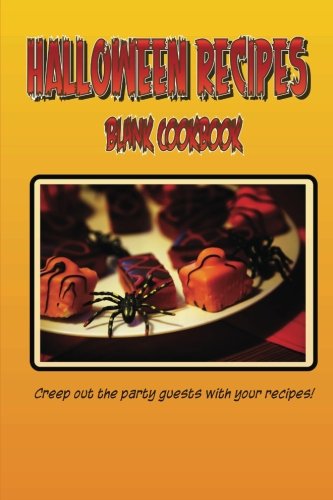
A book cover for Blank Cookbook Halloween Recipes (Blank Recipe Book): A blank recipe book so you can write in your own recipes; Debbie Miller; Cookbooks, Food & Wine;